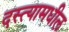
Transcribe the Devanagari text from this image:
दस्त्यामधील